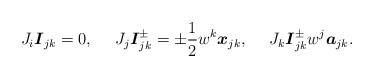
LaTeX: \begin{align*}J_{i}\boldsymbol{I}_{jk}=0,\;\ \ \ J_{j}\boldsymbol{I}_{jk}^{\pm }=\pm \frac{1}{2}w^{k}\boldsymbol{x}_{jk},\;\ \ \ J_{k}\boldsymbol{I}_{jk}^{\pm }w^{j}\boldsymbol{a}_{jk}.\end{align*}